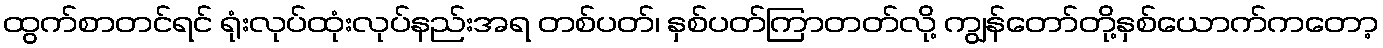
ထွက်စာတင်ရင် ရုံးလုပ်ထုံးလုပ်နည်းအရ တစ်ပတ်၊ နှစ်ပတ်ကြာတတ်လို့ ကျွန်တော်တို့နှစ်ယောက်ကတော့